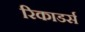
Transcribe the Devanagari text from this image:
रिकाडर्स